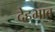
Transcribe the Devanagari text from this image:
देहभाव